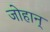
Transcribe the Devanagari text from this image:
जोहान्